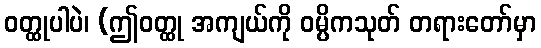
ဝတ္ထုပါပဲ၊ (ဤဝတ္ထု အကျယ်ကို ဝမ္ပိကသုတ် တရားတော်မှာ